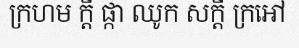
ក្រហម ក្តី ផ្កា ឈូក សក្តី ក្រអៅ